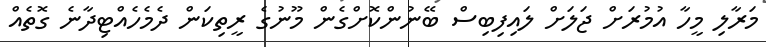
މަރާލި މީހާ އުމުރަށް ޖަލަށް ލައިފިބިސް ބޭނުންކޮށްގެން މޫނުގެ ރީތިކަން ދެމެހެއްޓިދާނެ ގޮތެއް